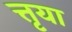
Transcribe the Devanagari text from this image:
त्तृया